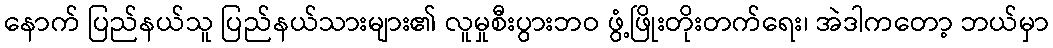
နောက် ပြည်နယ်သူ ပြည်နယ်သားများ၏ လူမှုစီးပွားဘဝ ဖွံ့ဖြိုးတိုးတက်ရေး၊ အဲဒါကတော့ ဘယ်မှာ